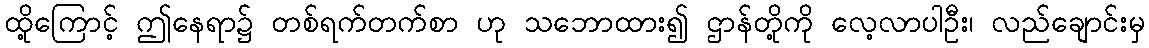
ထို့ကြောင့် ဤနေရာ၌ တစ်ရက်တက်စာ ဟု သဘောထား၍ ဌာန်တို့ကို လေ့လာပါဦး၊ လည်ချောင်းမှ